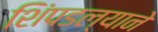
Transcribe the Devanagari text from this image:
शिंपडल्याने